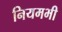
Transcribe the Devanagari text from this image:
नियमभी